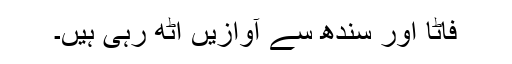
فاٹا اور سندھ سے آوازیں اٹھ رہی ہیں۔